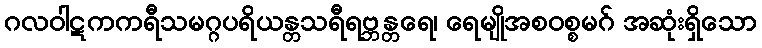
ဂလဝါဋကကရီသမဂ္ဂပရိယန္တသရီရဗ္ဘန္တရေ၊ ရေမျိုအစဝစ္စမဂ် အဆုံးရှိသော